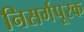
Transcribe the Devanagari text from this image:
निसर्गपूरक